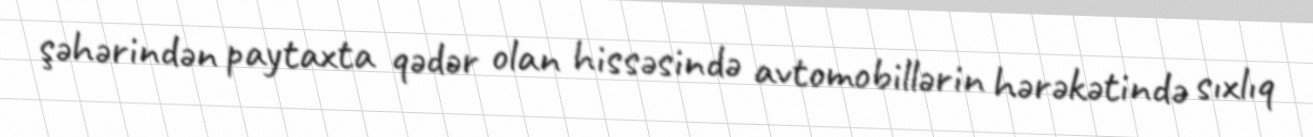
şəhərindən paytaxta qədər olan hissəsində avtomobillərin hərəkətində sıxlıq